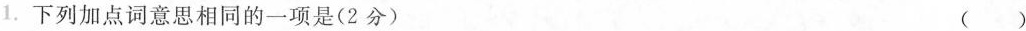
1.下列加点词意思相同的一项是(2分) （）